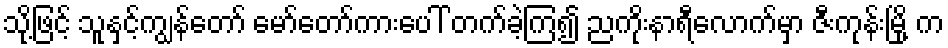
သို့ဖြင့် သူနှင့်ကျွန်တော် မော်တော်ကားပေါ် တက်ခဲ့ကြ၍ ညကိုးနာရီလောက်မှာ ဇီးကုန်းမြို့ က